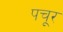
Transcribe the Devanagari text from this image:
पचूर